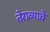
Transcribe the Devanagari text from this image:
तेराव्याचे